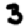
Digit: 3